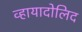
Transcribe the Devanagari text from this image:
व्हायादोलिद